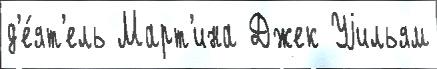
д'е́ят'ель Март'ина Джек Уjильям